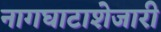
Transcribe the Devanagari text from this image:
नागघाटाशेजारी